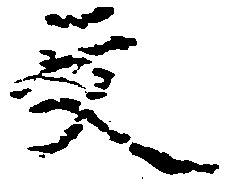
文